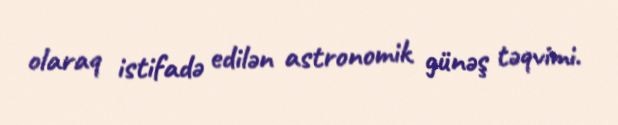
olaraq istifadə edilən astronomik günəş təqvimi.